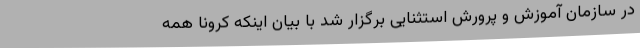
در سازمان آموزش و پرورش استثنایی برگزار شد با بیان اینکه کرونا همه